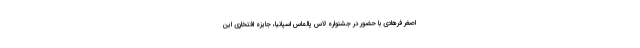
اصغر فرهادی با حضور در جشنواره لاس پالماس اسپانیا، جایزه افتخاری این